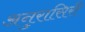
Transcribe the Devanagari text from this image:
अनुरासिरी